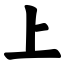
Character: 上